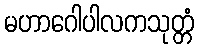
မဟာဂေါပါလကသုတ္တံ